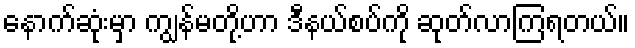
နောက်ဆုံးမှာ ကျွန်မတို့ဟာ ဒီနယ်စပ်ကို ဆုတ်လာကြရတယ်။